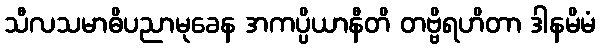
သီလသမာဓိပညာမုခေန အကပ္ပိယာနီတိ တဗ္ဗိရဟိတာ ဒါနမိမံ